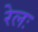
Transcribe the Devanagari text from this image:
रेलः